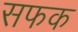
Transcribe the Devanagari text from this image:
सफक